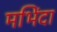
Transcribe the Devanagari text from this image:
मभिंदा